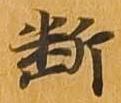
断